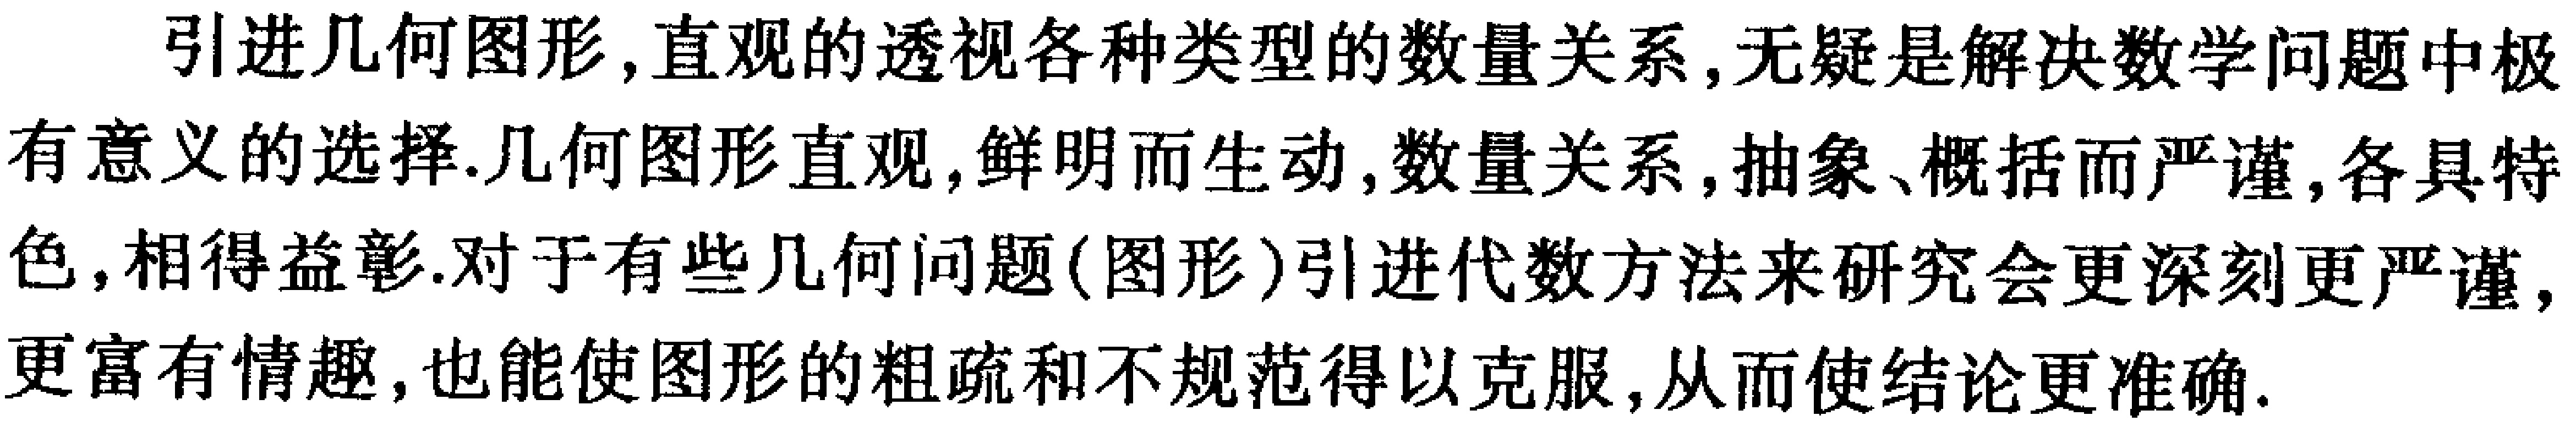
引进几何图形, 直观的透视各种类型的数量关系, 无疑是解决数学问题中极有意义的选择. 几何图形直观, 鲜明而生动, 数量关系, 抽象、概括而严谨, 各具特色, 相得益彰. 对于有些几何问题(图形)引进代数方法来研究会更深刻更严谨, 更富有情趣, 也能使图形的粗疏和不规范得以克服, 从而使结论更准确.